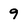
Character: 9